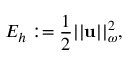
E _ { h } : = \frac { 1 } { 2 } | | \mathbf { u } | | _ { \omega } ^ { 2 } ,